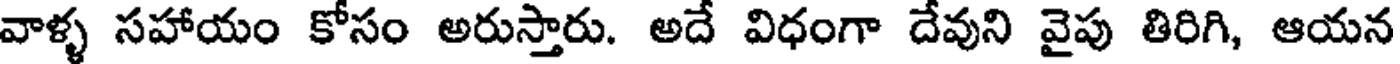
వాళ్ళ సహాయం కోసం అరుస్తారు. అదే విధంగా దేవుని వైపు తిరిగి, ఆయన